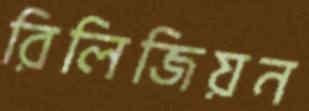
রিলিজিয়ন